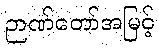
ဉာဏ်တော်အမြင့်